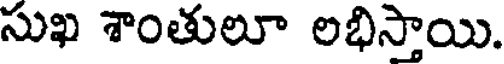
సుఖ శాంతులూ లభిస్తాయి.